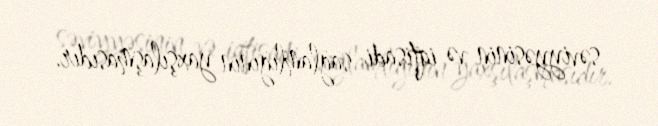
səviyyəsinin və iqtisadi sağlamlığının yaxşılaşmasıdır.